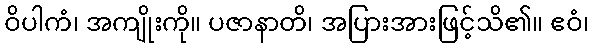
ဝိပါကံ၊ အကျိုးကို။ ပဇာနာတိ၊ အပြားအားဖြင့်သိ၏။ ဧဝံ၊